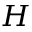
H